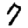
Digit: 7